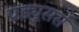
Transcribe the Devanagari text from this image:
प्रड्यूसर्स